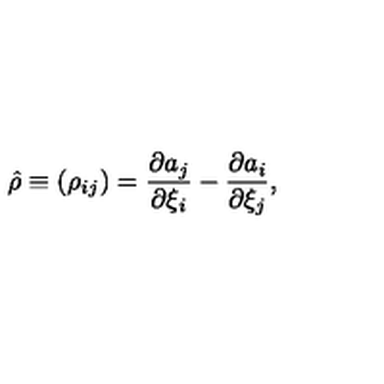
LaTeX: \hat { \rho } \equiv ( \rho _ { i j } ) = { \frac { \partial a _ { j } } { \partial \xi _ { i } } } - { \frac { \partial a _ { i } } { \partial \xi _ { j } } } ,